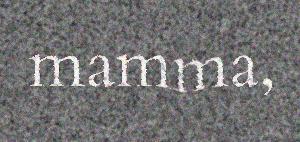
mamma,